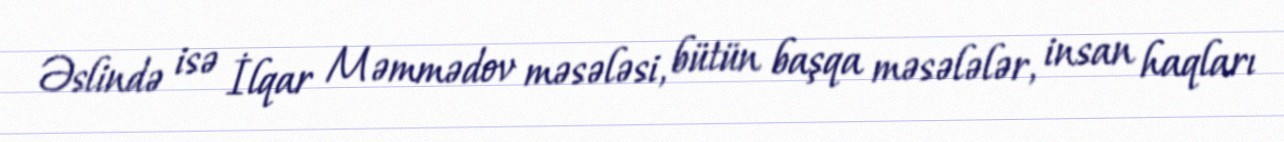
Əslində isə İlqar Məmmədov məsələsi, bütün başqa məsələlər, insan haqları